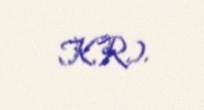
K.R.).